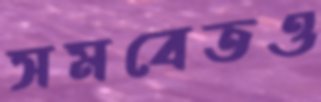
সমবেতও